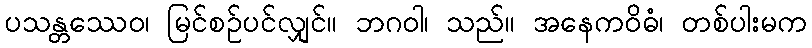
ပသန္တဿေဝ၊ မြင်စဉ်ပင်လျှင်။ ဘဂဝါ၊ သည်။ အနေကဝိဓံ၊ တစ်ပါးမက